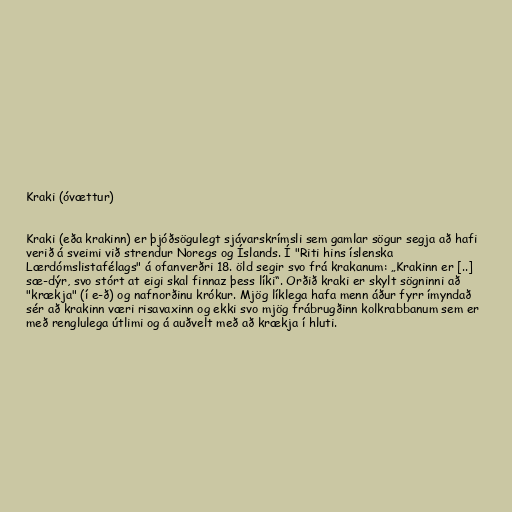
Kraki (óvættur)

Kraki (eða krakinn) er þjóðsögulegt sjávarskrímsli sem gamlar sögur segja að hafi
verið á sveimi við strendur Noregs og Íslands. Í "Riti hins íslenska
Lærdómslistafélags" á ofanverðri 18. öld segir svo frá krakanum: „Krakinn er [..]
sæ-dýr, svo stórt at eigi skal finnaz þess líki“. Orðið kraki er skylt sögninni að
"krækja" (í e-ð) og nafnorðinu krókur. Mjög líklega hafa menn áður fyrr ímyndað
sér að krakinn væri risavaxinn og ekki svo mjög frábrugðinn kolkrabbanum sem er
með renglulega útlimi og á auðvelt með að krækja í hluti.